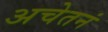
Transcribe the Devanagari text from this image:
अचेतनं